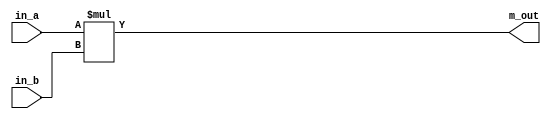
module multap(input [7:0]in_a,input [7:0]in_b,output reg [15:0]m_out);
always@(in_a,in_b)
begin
m_out<=in_a*in_b;
end
endmodule
module mult_acc(input [7:0]ina,input [7:0]inb,input aclr,input clk,output reg[15:0]out);
wire[15:0] multa_out,adder_out;
initial
begin
out<=16'h0000;
end
assign adder_out=multa_out+out;
always@(posedge clk,posedge aclr)
begin
if(aclr)out<=16'h0000;
else out<=adder_out;
end
multap add(ina,inb,multa_out);
endmodule